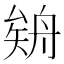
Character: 𦩉